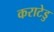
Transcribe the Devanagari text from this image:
कराटेडु